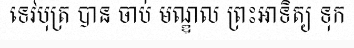
ទេវបុត្រ បាន ចាប់ មណ្ឌល ព្រះឣាទិត្យ ទុក